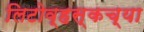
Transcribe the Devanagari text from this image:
लिटोव्हस्कच्या